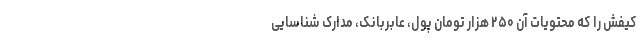
کیفش را که محتویات آن ۲۵۰ هزار تومان پول، عابربانک، مدارک شناسایی